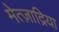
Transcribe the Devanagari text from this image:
मेत्ज़ाद्रिया